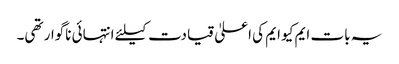
یہ بات ایم کیو ایم کی اعلیٰ قیادت کیلئے انتہائی ناگوار تھی۔